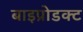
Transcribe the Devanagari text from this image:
बाइप्रोडक्ट